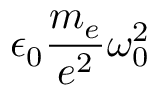
\epsilon _ { 0 } \frac { m _ { e } } { e ^ { 2 } } \omega _ { 0 } ^ { 2 }